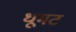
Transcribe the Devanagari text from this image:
धूमट